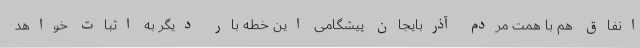
انفاق هم با همت مردم آذربایجان پیشگامی این خطه بار دیگر به اثبات خواهد